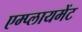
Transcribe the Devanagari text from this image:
एम्प्लायमेंट